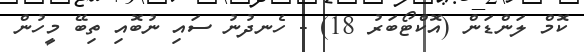
ކޮމް ލަންޑަން (އޮކްޓޯބަރު 18) - ހެނދުނު ސައި ނުބޮއި ތިބޭ މީހުން